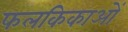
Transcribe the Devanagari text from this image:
फलकिकाओं